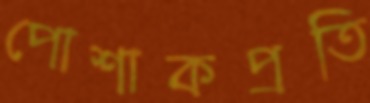
পোশাকপ্রতি